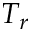
T _ { r }